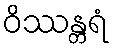
ဝိဿန္တရံ